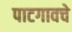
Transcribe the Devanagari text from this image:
पाटगावचे